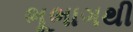
ભૂભાગથી